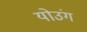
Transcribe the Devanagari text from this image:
योउंग